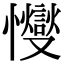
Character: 㦪